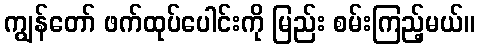
ကျွန်တော် ဖက်ထုပ်ပေါင်းကို မြည်း စမ်းကြည့်မယ်။